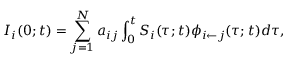
I _ { i } ( 0 ; t ) = \sum _ { j = 1 } ^ { N } a _ { i j } \int _ { 0 } ^ { t } S _ { i } ( \tau ; t ) \phi _ { i \leftarrow j } ( \tau ; t ) d \tau ,